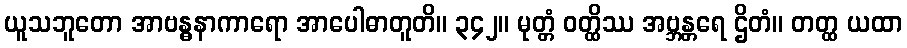
ယူသဘူတော အာဗန္ဓနာကာရော အာပေါဓာတူတိ။ ၃၄၂။ မုတ္တံ ဝတ္ထိဿ အဗ္ဘန္တရေ ဌိတံ။ တတ္ထ ယထာ